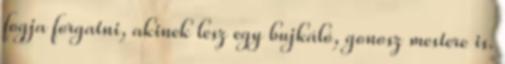
fogja forgatni, akinek lesz egy bujkáló, gonosz mestere is.